Vaccination in Bombay 1874-1876 - 1874-1876
Year: 1874
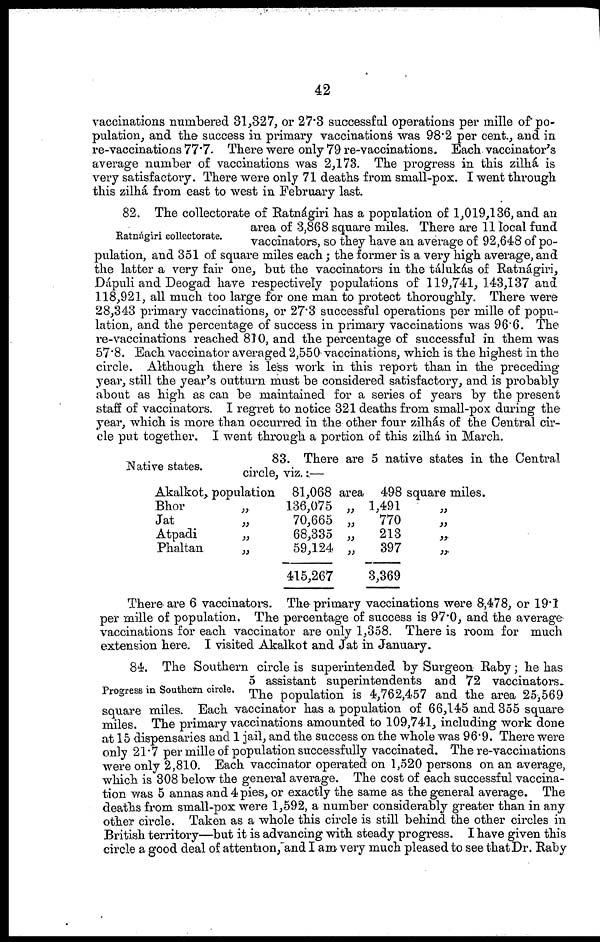
42
vaccinations numbered 31,327, or 27.3 successful operations per mille of po-
pulation, and the success in primary vaccinations was 98.2 per cent., and in
re-vaccinations 77.7. There were only 79 re-vaccinations. Each vaccinator's
average number of vaccinations was 2,173. The progress in this zilhá is
very satisfactory. There were only 71 deaths from small-pox. I went through
this zilhá from east to west in February last.
Ratnágiri collectorate.
82. The collectorate of Ratnágiri has a population of 1,019,136, and an
area of 3,868 square miles. There are 11 local fund
vaccinators, so they have an average of 92,648 of po-
pulation, and 351 of square miles each; the former is a very high average, and
the latter a very fair one, but the vaccinators in the tálukás of Ratnágiri,
Dápuli and Deogad have respectively populations of 119,741, 143,137 and
118,921, all much too large for one man to protect thoroughly. There were
28,343 primary vaccinations, or 27.3 successful operations per mille of popu-
lation, and the percentage of success in primary vaccinations was 96.6. The
re-vaccinations reached 810, and the percentage of successful in them was
57.8. Each vaccinator averaged 2,550 vaccinations, which is the highest in the
circle. Although there is less work in this report than in the preceding
year, still the year's outturn must be considered satisfactory, and is probably
about as high as can be maintained for a series of years by the present
staff of vaccinators. I regret to notice 321 deaths from small-pox during the
year, which is more than occurred in the other four zilhás of the Central cir-
cle put together. I went through a portion of this zilhá in March.
Native states.
83. There are 5 native states in the Central
circle, viz. :—
Akalkot, population 81,068 area 498 square miles.
Bhor
„
Jat
„
Atpadi
„
Phaltan
„
136,075
70,665
68,335
59,124
415,267
„
„
„
„
1,491
770
213
397
3,369
„
„
„
„
There are 6 vaccinators. The primary vaccinations were 8,478, or 19.1
per mille of population. The percentage of success is 97.0, and the average
vaccinations for each vaccinator are only 1,358. There is room for much
extension here. I visited Akalkot and Jat in January.
Progress in Southern circle.
84. The Southern circle is superintended by Surgeon Raby; he has
5 assistant superintendents and 72 vaccinators.
The population is 4,762,457 and the area 25,569
square miles. Each vaccinator has a population of 66,145 and 355 square
miles. The primary vaccinations amounted to 109,741, including work done
at 15 dispensaries and 1 jail, and the success on the whole was 96.9. There were
only 21.7 per mille of population successfully vaccinated. The re-vaccinations
were only 2,810. Each vaccinator operated on 1,520 persons on an average,
which is 308 below the general average. The cost of each successful vaccina-
tion was 5 annas and 4 pies, or exactly the same as the general average. The
deaths from small-pox were 1,592, a number considerably greater than in any
other circle. Taken as a whole this circle is still behind the other circles in
British territory—but it is advancing with steady progress. I have given this
circle a good deal of attention, and I am very much pleased to see that Dr. Raby